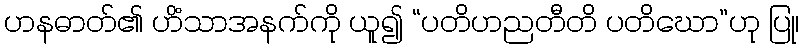
ဟနဓာတ်၏ ဟိံသာအနက်ကို ယူ၍ “ပတိဟညတီတိ ပတိဃော”ဟု ပြု၊